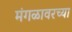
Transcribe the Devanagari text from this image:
मंगळावरच्या